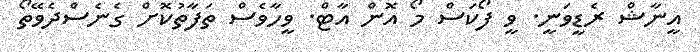
އީނާޝް ރެޑީވަނީ. ވީ ފޯކަސް މޯ އޮން އާޓް. ވީހާވެސް ތަފާތުކޮށް ގެނެސްދެވޭތޯ